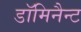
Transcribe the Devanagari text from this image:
डॉमिनैन्ट